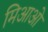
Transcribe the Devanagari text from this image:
मिआओ